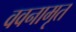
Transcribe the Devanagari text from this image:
ववनामृत